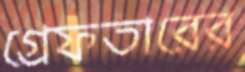
গ্রেফতারের